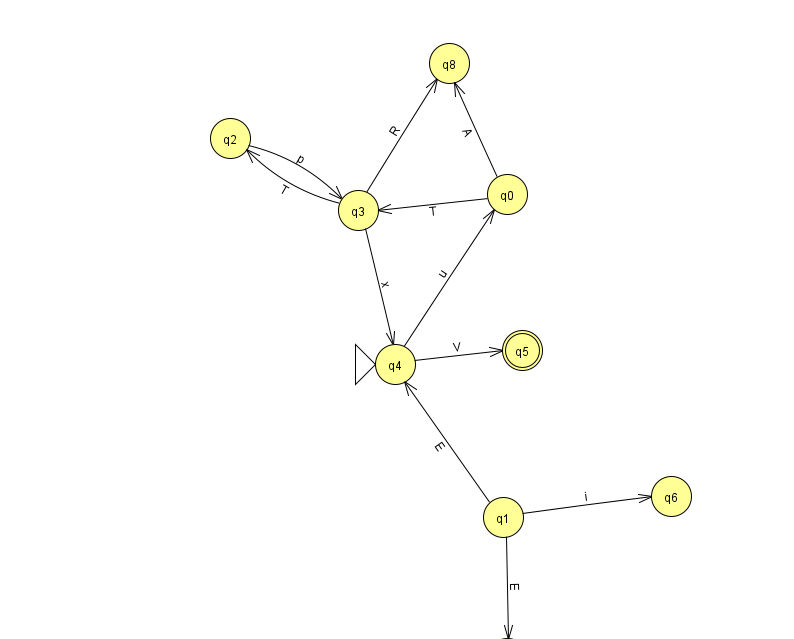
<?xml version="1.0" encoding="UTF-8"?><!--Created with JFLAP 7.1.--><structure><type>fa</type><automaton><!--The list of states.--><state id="0" name="q0"><x>507.0</x><y>181.0</y></state><state id="1" name="q1"><x>503.0</x><y>504.0</y></state><state id="2" name="q2"><x>230.0</x><y>125.0</y></state><state id="3" name="q3"><x>358.0</x><y>197.0</y></state><state id="4" name="q4"><x>395.0</x><y>351.0</y><initial/></state><state id="5" name="q5"><x>522.0</x><y>337.0</y><final/></state><state id="6" name="q6"><x>671.0</x><y>483.0</y></state><state id="7" name="q7"><x>507.0</x><y>645.0</y></state><state id="8" name="q8"><x>449.0</x><y>50.0</y></state><!--The list of transitions.--><transition><from>0</from><to>8</to><read>A</read></transition><transition><from>3</from><to>8</to><read>R</read></transition><transition><from>3</from><to>4</to><read>x</read></transition><transition><from>1</from><to>7</to><read>E</read></transition><transition><from>1</from><to>6</to><read>i</read></transition><transition><from>0</from><to>3</to><read>T</read></transition><transition><from>4</from><to>5</to><read>V</read></transition><transition><from>2</from><to>3</to><read>p</read></transition><transition><from>4</from><to>0</to><read>u</read></transition><transition><from>1</from><to>4</to><read>E</read></transition><transition><from>3</from><to>2</to><read>T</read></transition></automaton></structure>